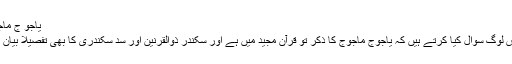
یاجو ج ماجوج
بعض لوگ سوال کیا کرتے ہیں کہ یاجوج ماجوج کا ذکر تو قرآن مجید میں ہے اور سَکندر ذوالقرنین اور سدِّ سَکندری کا بھی تفصیلاً بیان ہے۔